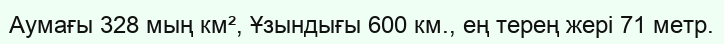
Аумағы 328 мың км², Ұзындығы 600 км., ең терең жері 71 метр.